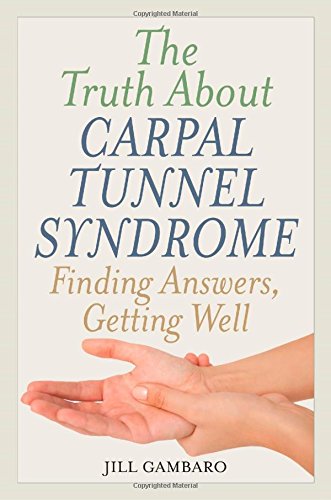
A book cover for The Truth About Carpal Tunnel Syndrome: Finding Answers, Getting Well; Jill Gambaro; Health, Fitness & Dieting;